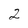
Character: 2